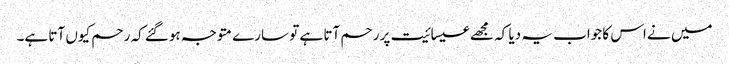
میں نے اس کا جواب یہ دیا کہ مجھے عیسائیت پر رحم آتا ہے تو سارے متوجہ ہوگئے کہ رحم کیوں آتا ہے۔